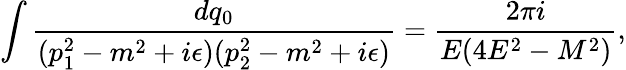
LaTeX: \int\frac{dq_{0}}{(p_{1}^{2}-m^{2}+i\epsilon)(p_{2}^{2}-m^{2}+i\epsilon)}=\frac{2\pi i}{E(4E^{2}-M^{2})},